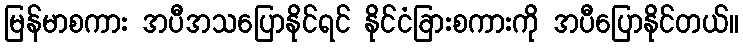
မြန်မာစကား အပီအသပြောနိုင်ရင် နိုင်ငံခြားစကားကို အပီပြောနိုင်တယ်။